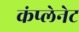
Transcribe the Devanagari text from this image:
कंप्लेनेट